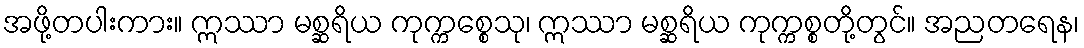
အဖို့တပါးကား။ ဣဿာ မစ္ဆရိယ ကုက္ကစ္စေသု၊ ဣဿာ မစ္ဆရိယ ကုက္ကစ္စတို့တွင်။ အညတရေန၊